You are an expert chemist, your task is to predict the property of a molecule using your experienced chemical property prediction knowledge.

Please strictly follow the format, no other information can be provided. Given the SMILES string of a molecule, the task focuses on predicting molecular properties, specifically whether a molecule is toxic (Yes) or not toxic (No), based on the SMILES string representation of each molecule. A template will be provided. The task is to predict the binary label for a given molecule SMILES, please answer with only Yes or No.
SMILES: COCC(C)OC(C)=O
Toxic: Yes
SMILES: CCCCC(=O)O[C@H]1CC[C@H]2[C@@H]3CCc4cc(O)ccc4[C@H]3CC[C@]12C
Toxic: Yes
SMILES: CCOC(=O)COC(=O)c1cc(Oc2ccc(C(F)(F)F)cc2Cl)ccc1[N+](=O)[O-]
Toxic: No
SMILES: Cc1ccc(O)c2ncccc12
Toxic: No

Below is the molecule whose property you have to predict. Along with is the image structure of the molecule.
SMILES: O=C1C[N+]([O-])=C(c2ccccc2)c2cc(Cl)ccc2N1
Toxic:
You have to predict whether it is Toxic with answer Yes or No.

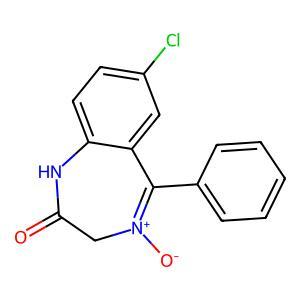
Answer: No